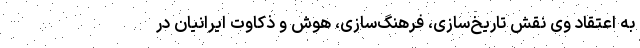
به اعتقادِ وی ‌نقش تاریخ‌سازی، فرهنگ‌سازی، هوش و ذکاوت ایرانیان در